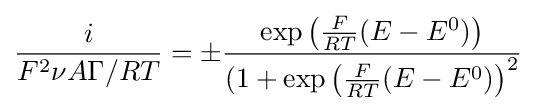
{\frac {i}{F^{2}\nu A\Gamma /RT}}=\pm {\frac {\exp \left({\frac {F}{RT}}(E-E^{0})\right)}{(1+\exp \left({\frac {F}{RT}}(E-E^{0})\right)^{2}}}